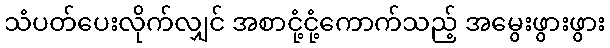
သံပတ်ပေးလိုက်လျှင် အစာငုံ့ငုံ့ကောက်သည့် အမွေးဖွားဖွား